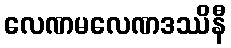
လေဏမလေဏဒဿိနီ